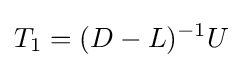
T_{1}=(D-L)^{-1}U